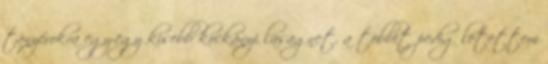
tányérokra egy-egy kisebb kockányi lasagnet, a többit pedig letettem